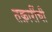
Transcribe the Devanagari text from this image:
तक्रारींची